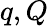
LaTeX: q,Q